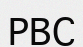
РВС